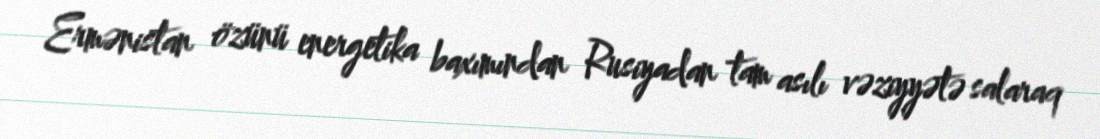
Ermənistan özünü energetika baxımından Rusiyadan tam asılı vəziyyətə salaraq